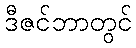
ဒီဇင်ဘာတွင်